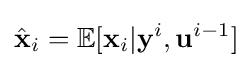
{\hat {\mathbf {x} }}_{i}=\mathbb {E} [\mathbf {x} _{i}|\mathbf {y} ^{i},\mathbf {u} ^{i-1}]